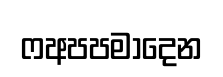
ෆඅපපමාදෙන